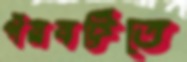
পঁয়ষট্টিতে